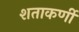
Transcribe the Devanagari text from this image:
शताकर्णी